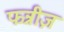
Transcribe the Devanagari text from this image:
फन्नीज़